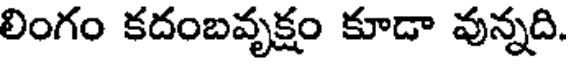
లింగం కదంబవృక్షం కూడా వున్నది.